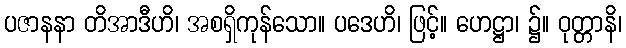
ပဇာနနာ တိအာဒီဟိ၊ အစရှိကုန်သော။ ပဒေဟိ၊ ဖြင့်။ ဟေဋ္ဌာ၊ ၌။ ဝုတ္တာနိ၊